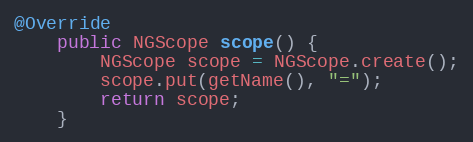
Language: Java
@Override
    public NGScope scope() {
        NGScope scope = NGScope.create();
        scope.put(getName(), "=");
        return scope;
    }